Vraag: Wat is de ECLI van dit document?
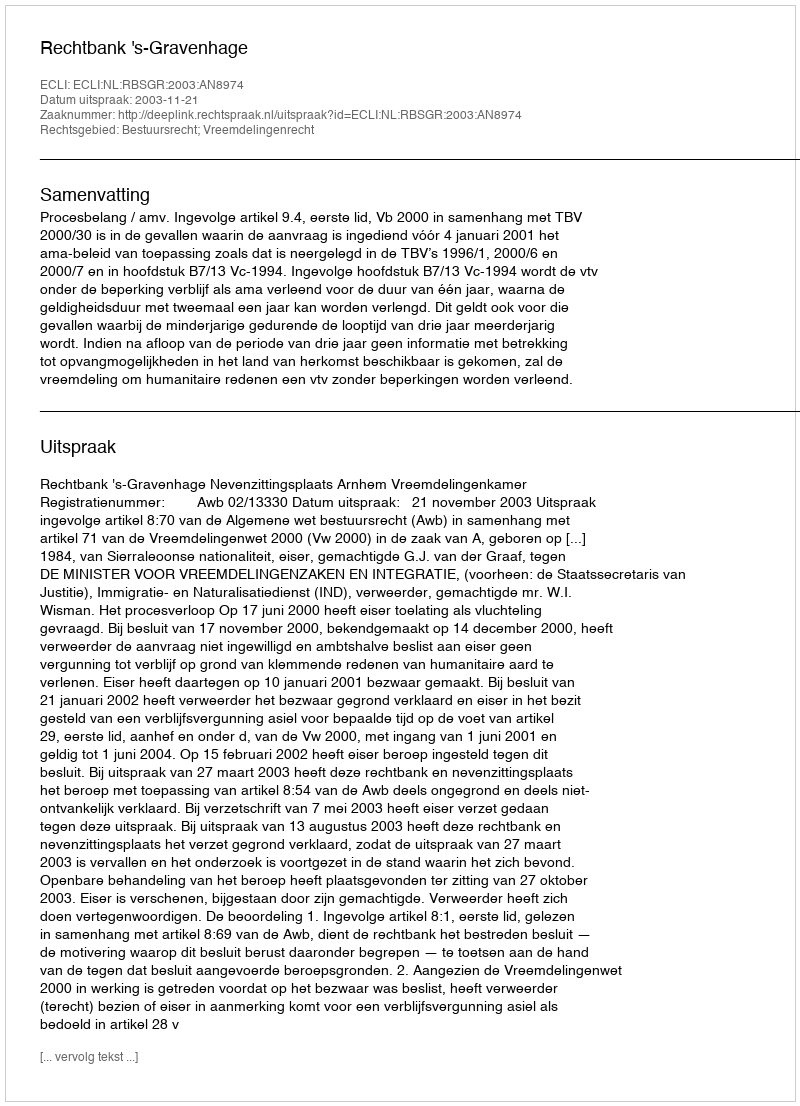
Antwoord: ECLI:NL:RBSGR:2003:AN8974